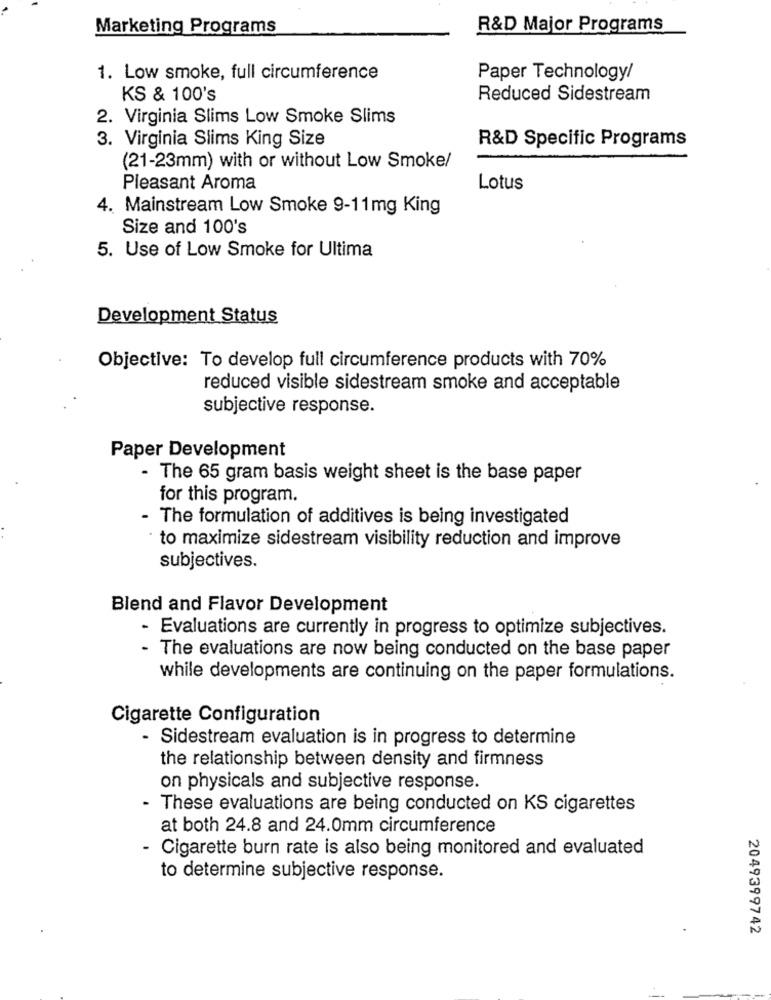
Marketing Programs
R&D Major Programs
1. Low smoke, full circumference
Paper Technology/
KS & 100's
Reduced Sidestream
2. Virginia Slims Low Smoke Slims
3. Virginia Slims King Size
R&D Specific Programs
(21-23mm) with or without Low Smoke/
Pleasant Aroma
Lotus
4. Mainstream Low Smoke 9-11mg King
Size and 100's
5. Use of Low Smoke for Ultima
Development Status
Objective: To develop full circumference products with 70%
reduced visible sidestream smoke and acceptable
subjective response.
Paper Development
- The 65 gram basis weight sheet is the base paper
for this program.
- The formulation of additives is being investigated
to maximize sidestream visibility reduction and improve
subjectives.
Blend and Flavor Development
- Evaluations are currently in progress to optimize subjectives.
- The evaluations are now being conducted on the base paper
while developments are continuing on the paper formulations.
Cigarette Configuration
- Sidestream evaluation is in progress to determine
the relationship between density and firmness
on physicals and subjective response.
- These evaluations are being conducted on KS cigarettes
at both 24.8 and 24.0mm circumference
- Cigarette burn rate is also being monitored and evaluated
to determine subjective response.
2049399742